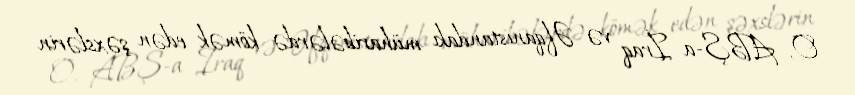
O, ABŞ-a İraq və Əfqanıstandakı müharibələrdə kömək edən şəxslərin